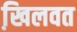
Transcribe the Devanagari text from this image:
खि़लवत